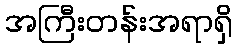
အကြီးတန်းအရာရှိ